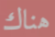
هناك